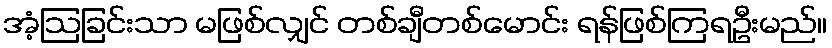
အံ့ဩခြင်းသာ မဖြစ်လျှင် တစ်ချီတစ်မောင်း ရန်ဖြစ်ကြရဦးမည်။